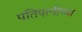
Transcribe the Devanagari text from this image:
पतिपत्‍नींच्या